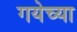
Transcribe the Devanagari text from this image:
गयेच्या